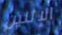
الإثنين